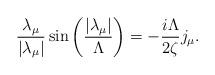
LaTeX: \begin{align*}\frac{\lambda_\mu}{\left|\lambda_\mu\right|}\sin\left(\frac{\left|\lambda_\mu\right|}{\Lambda}\right)=-\frac{i\Lambda}{2\zeta} j_\mu.\end{align*}